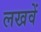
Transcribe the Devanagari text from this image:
लखवें